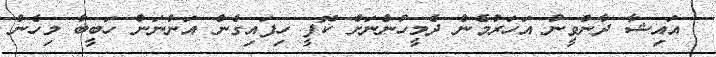
އައިޝާ ދާންވީނު އަހަރުމެން ދެމީހުންނަށް ކޮފީ ހިފައިގެން އަންނަން ހަބީބާ މިހެން